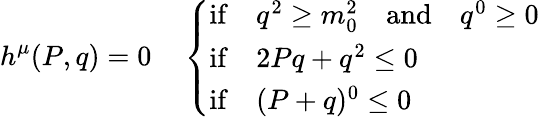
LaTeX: h^{\mu}(P,q)=0\quad\left\{ \begin{array}{l}{{\mathrm{if}\quad q^{2}\geq m_{0}^{2}\quad\mathrm{and}\quad q^{0}\geq 0}}\\ {{\mathrm{if}\quad 2Pq+q^{2}\leq 0}}\\ {{\mathrm{if}\quad(P+q)^{0}\leq 0}}\end{array}\right.\,